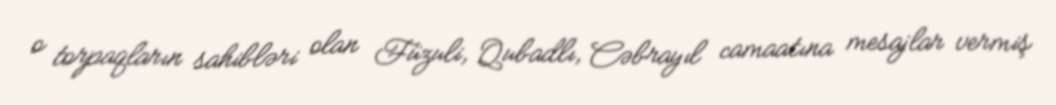
o torpaqların sahibləri olan Füzuli, Qubadlı, Cəbrayıl camaatına mesajlar vermiş